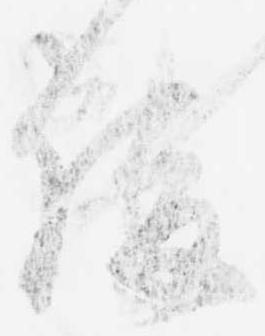
俊